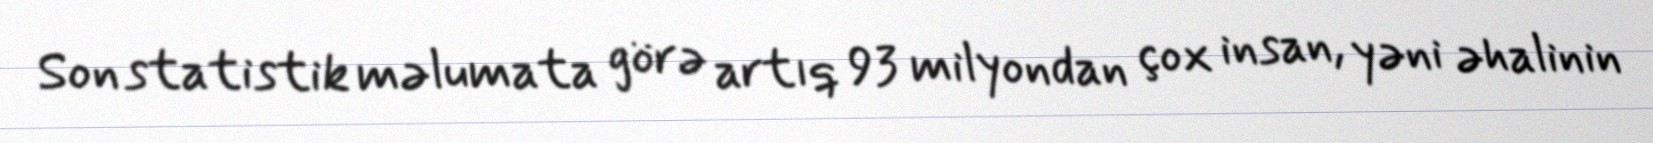
Son statistik məlumata görə artıq 93 milyondan çox insan, yəni əhalinin